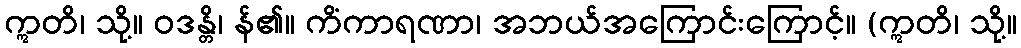
ဣတိ၊ သို့။ ဝဒန္တိ၊ န်၏။ ကိံကာရဏာ၊ အဘယ်အကြောင်းကြောင့်။ (ဣတိ၊ သို့။